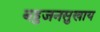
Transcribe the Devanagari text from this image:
बहुजनसुखाय